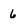
Character: 6